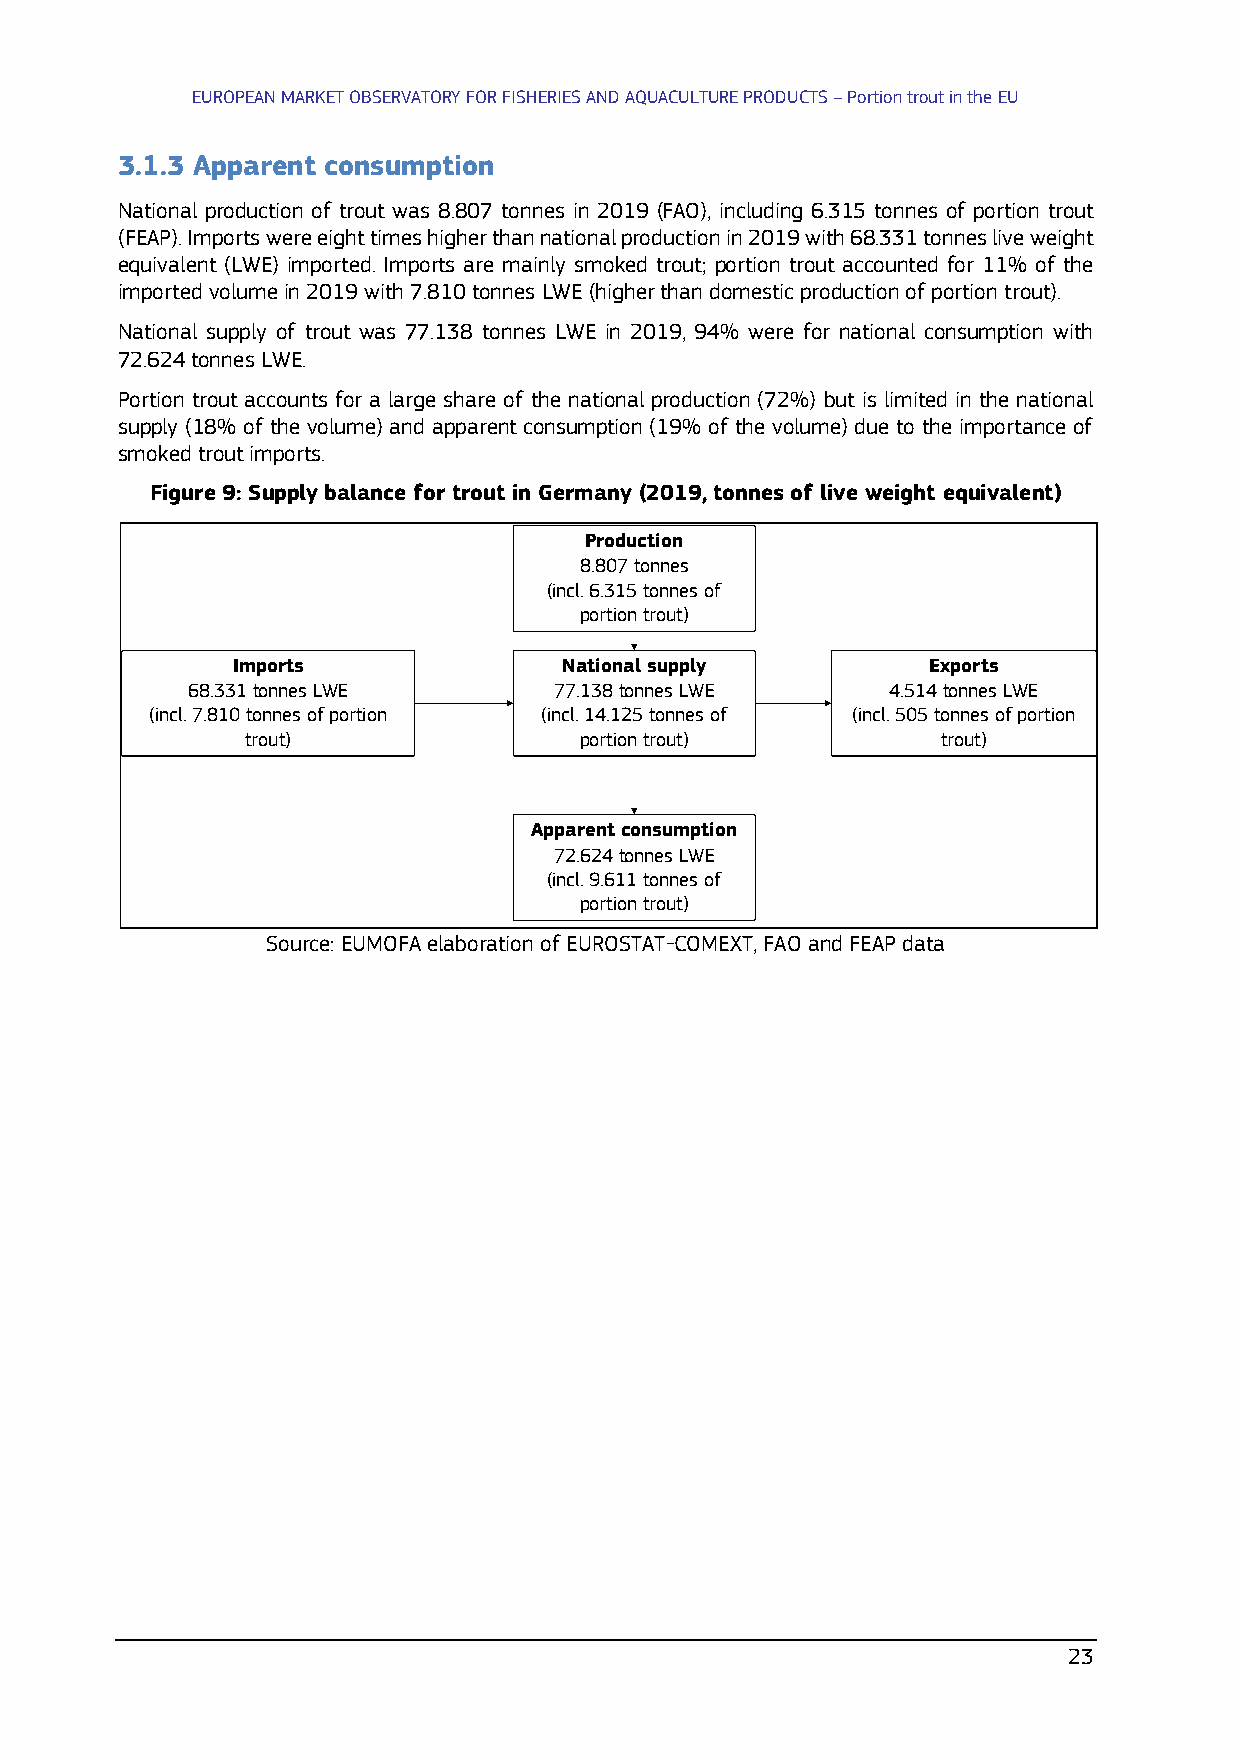
EUROPEAN MARKET OBSERVATORY FOR FISHERIES AND AQUACULTURE PRODUCTS – Portion trout in the EU
 3.1.3 Apparent consumption
 National production of trout was 8.807 tonnes in 2019 (FAO), including 6.315 tonnes of portion trout
 (FEAP). Imports were eight times higher than national production in 2019 with 68.331 tonnes live weight
 equivalent (LWE) imported. Imports are mainly smoked trout; portion trout accounted for 11% of the
 imported volume in 2019 with 7.810 tonnes LWE (higher than domestic production of portion trout).
 National supply of trout was 77.138 tonnes LWE in 2019, 94% were for national consumption with
 72.624 tonnes LWE.
 Portion trout accounts for a large share of the national production (72%) but is limited in the national
 supply (18% of the volume) and apparent consumption (19% of the volume) due to the importance of
 smoked trout imports.
 Figure 9: Supply balance for trout in Germany (2019, tonnes of live weight equivalent)
 Production
 8.807tonnes
 (incl. 6.315 tonnes of
 portion trout)
 Imports               National supply         Exports
 68.331tonnes LWE         77.138tonnes LWE      4.514tonnes LWE
 (incl. 7.810 tonnes of portion (incl. 14.125 tonnes of (incl. 505 tonnes of portion
 trout)                portion trout)          trout)
 Apparent consumption
 72.624 tonnes LWE
 (incl. 9.611 tonnes of
 portion trout)
 Source: EUMOFA elaboration of EUROSTAT-COMEXT, FAO and FEAP data
 23